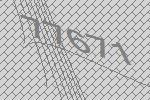
77671